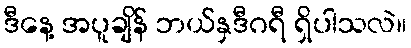
ဒီနေ့ အပူချိန် ဘယ်နှဒီဂရီ ရှိပါသလဲ။